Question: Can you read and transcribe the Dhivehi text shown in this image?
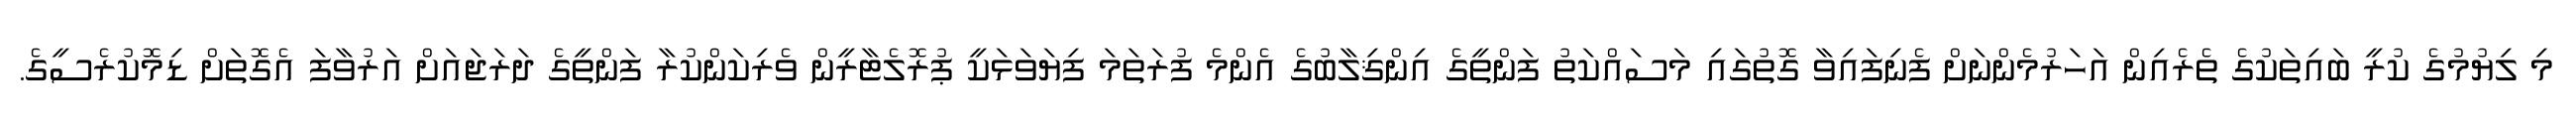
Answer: މި ލިޔުމުގެ ކުރީ ބައިތަކުގެ ތެރެއިން އަހަރުމެންނަށް ފެނިފައިވާ ގޮތުގައި މަސައްކަތު ފަންތީގެ އިންޤިލާބުގެ އެންމެ ފުރަތަމަ ފިޔަވަޅަކީ ޕުރޮލެޓާރީން ވެރިކަންކުރާ ފަންތީގެ ދަރަޖައަށް އަރުވާފަ އެގޮތަށް ޑިމޮކުރެސީގެ.